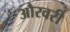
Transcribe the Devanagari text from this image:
औरवरी